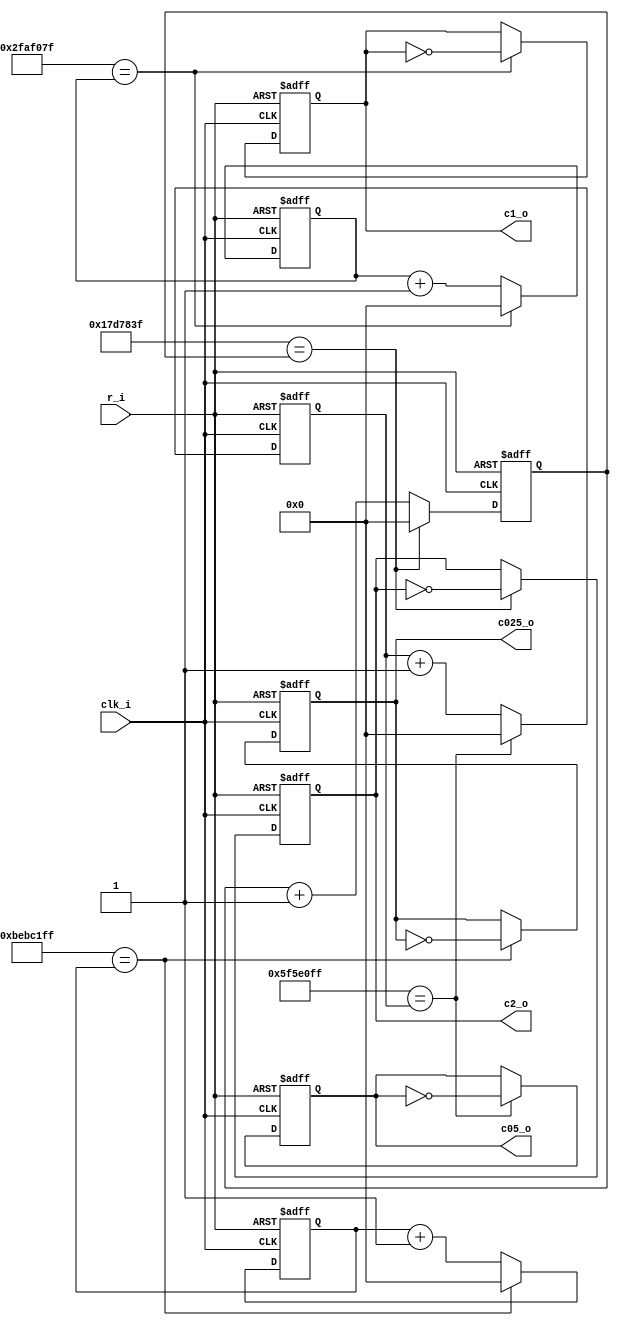
module fsm_clock
(
	clk_i,
	r_i,
	c025_o,
	c05_o,
	c1_o,
	c2_o
);
localparam integer DIV_025 = 199_999_999;
localparam integer DIV_05 = 99_999_999;
localparam integer DIV_1 = 49_999_999;
localparam integer DIV_2 = 24_999_999;

input wire clk_i,r_i;
output reg c025_o,c05_o,c1_o,c2_o;

reg [31:0]contador_025=0;
reg [31:0]contador_05=0;
reg [31:0]contador_1=0;
reg [31:0]contador_2=0;

always @(posedge clk_i or posedge r_i)begin
	if(r_i == 1'b1)begin
		contador_025 <=0;
		contador_05  <=0;
		contador_1 	 <=0;
		contador_2	 <=0;
		
		c025_o		 <=0; 
		c05_o			 <=0;
		c1_o         <=0;
		c2_o         <=0;
	end
	else begin
		contador_025 <= contador_025 + 1;
		contador_05 <= contador_05 + 1;
		contador_1 <= contador_1 + 1;	
		contador_2 <= contador_2 + 1;
				
		if(DIV_025 == contador_025)begin
				contador_025 <= 0;
				c025_o <= ~c025_o;
		end 
		
		if(DIV_05 == contador_05)begin
				contador_05 <= 0;
				c05_o <= ~c05_o;
		end 
		
		if(DIV_1 == contador_1)begin
				contador_1 <= 0;
				c1_o <= ~c1_o;
		end 
		
		if(DIV_2 == contador_2)begin
				contador_2 <= 0;
				c2_o <= ~c2_o;
		end 
	end
end

endmodule